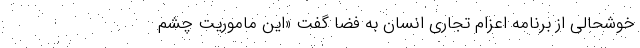
خوشحالی از برنامه اعزام تجاری انسان به فضا گفت «این ماموریت‌ چشم‌